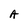
Character: A